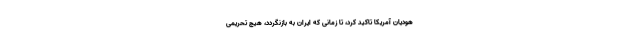
هودیان آمریکا تاکید کرد، تا زمانی که ایران به بازنگردد، هیچ تحریمی